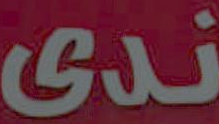
ندى